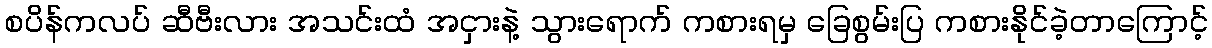
စပိန်ကလပ် ဆီဗီးလား အသင်းထံ အငှားနဲ့ သွားရောက် ကစားရမှ ခြေစွမ်းပြ ကစားနိုင်ခဲ့တာကြောင့်